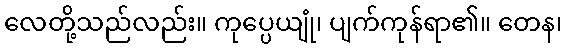
လေတို့သည်လည်း။ ကုပ္ပေယျုံ၊ ပျက်ကုန်ရာ၏။ တေန၊